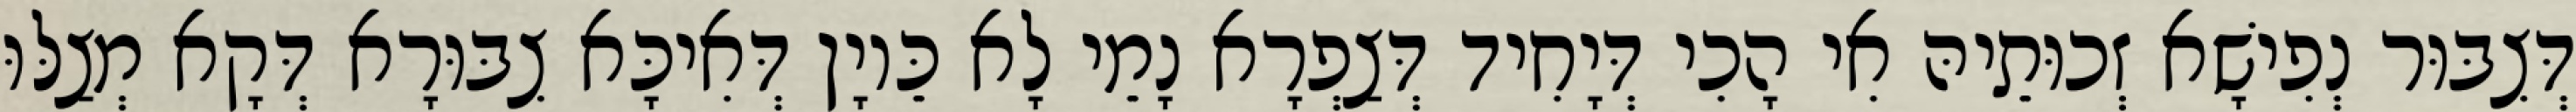
דְּצִבּוּר נְפִישָׁא זְכוּתֵיהּ אִי הָכִי דְּיָחִיד דְּצַפְרָא נָמֵי לָא כֵּיוָן דְּאִיכָּא צִבּוּרָא דְּקָא מְצַלּוּ